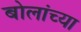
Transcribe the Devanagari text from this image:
बोलांच्या